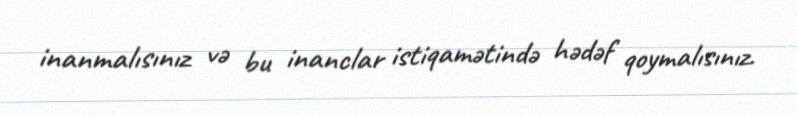
inanmalısınız və bu inanclar istiqamətində hədəf qoymalısınız.